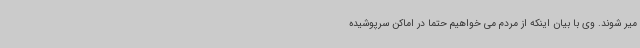
میر شوند. وی با بیان اینکه از مردم می خواهیم حتما در اماکن سرپوشیده